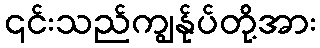
၎င်းသည်ကျွန်ုပ်တို့အား